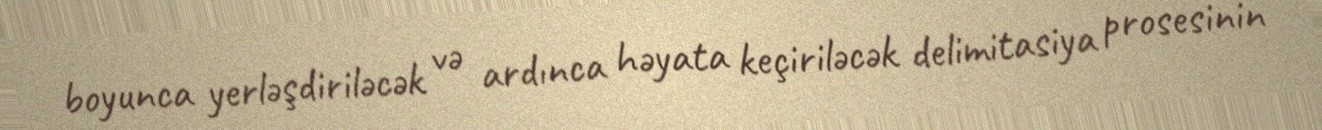
boyunca yerləşdiriləcək və ardınca həyata keçiriləcək delimitasiya prosesinin